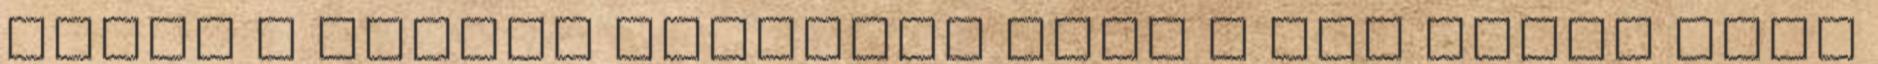
látta a Király beszédét vagy a The Crown című